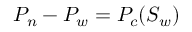
P _ { n } - P _ { w } = P _ { c } ( S _ { w } )